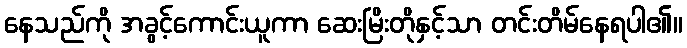
နေသည်ကို အခွင့်ကောင်းယူကာ ဆေးမြိးတိုနှင့်သာ တင်းတိမ်နေရပါ၏။